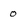
Character: o